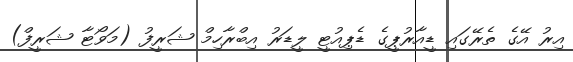
އިރު އޭގެ ތެރޭގައި ޑީއާރުޕީގެ ޑެޕިއުޓީ ލީޑަރު އިބްރާހިމް ޝަރީފު (މަވޯޓާ ޝަރީފް)